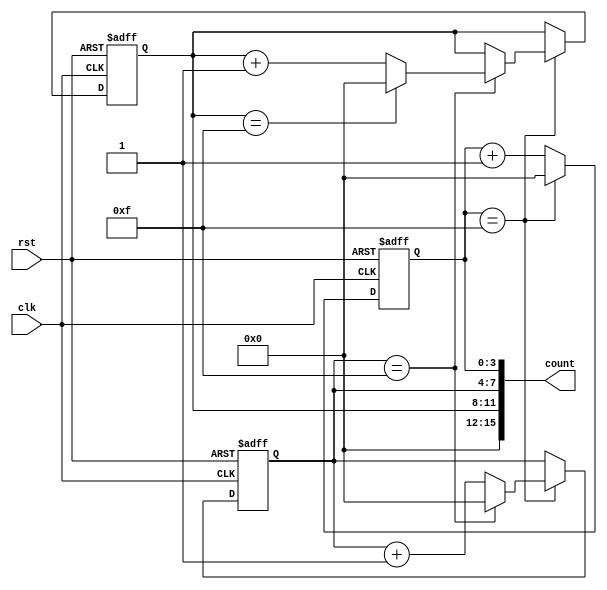
module cascaded_counter(
    input clk,
    input rst,
    output reg [15:0] count
);

reg [3:0] counter1;
reg [3:0] counter2;
reg [3:0] counter3;

always @(posedge clk or posedge rst) begin
    if(rst) begin
        counter1 <= 4'b0;
        counter2 <= 4'b0;
        counter3 <= 4'b0;
    end else begin
        if(counter1 == 4'b1111) begin
            counter1 <= 4'b0;
            if(counter2 == 4'b1111) begin
                counter2 <= 4'b0;
                if(counter3 == 4'b1111) begin
                    counter3 <= 4'b0;
                end else begin
                    counter3 <= counter3 + 1;
                end
            end else begin
                counter2 <= counter2 + 1;
            end
        end else begin
            counter1 <= counter1 + 1;
        end
    end
end

assign count = {counter3, counter2, counter1};

endmodule